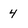
Character: 4